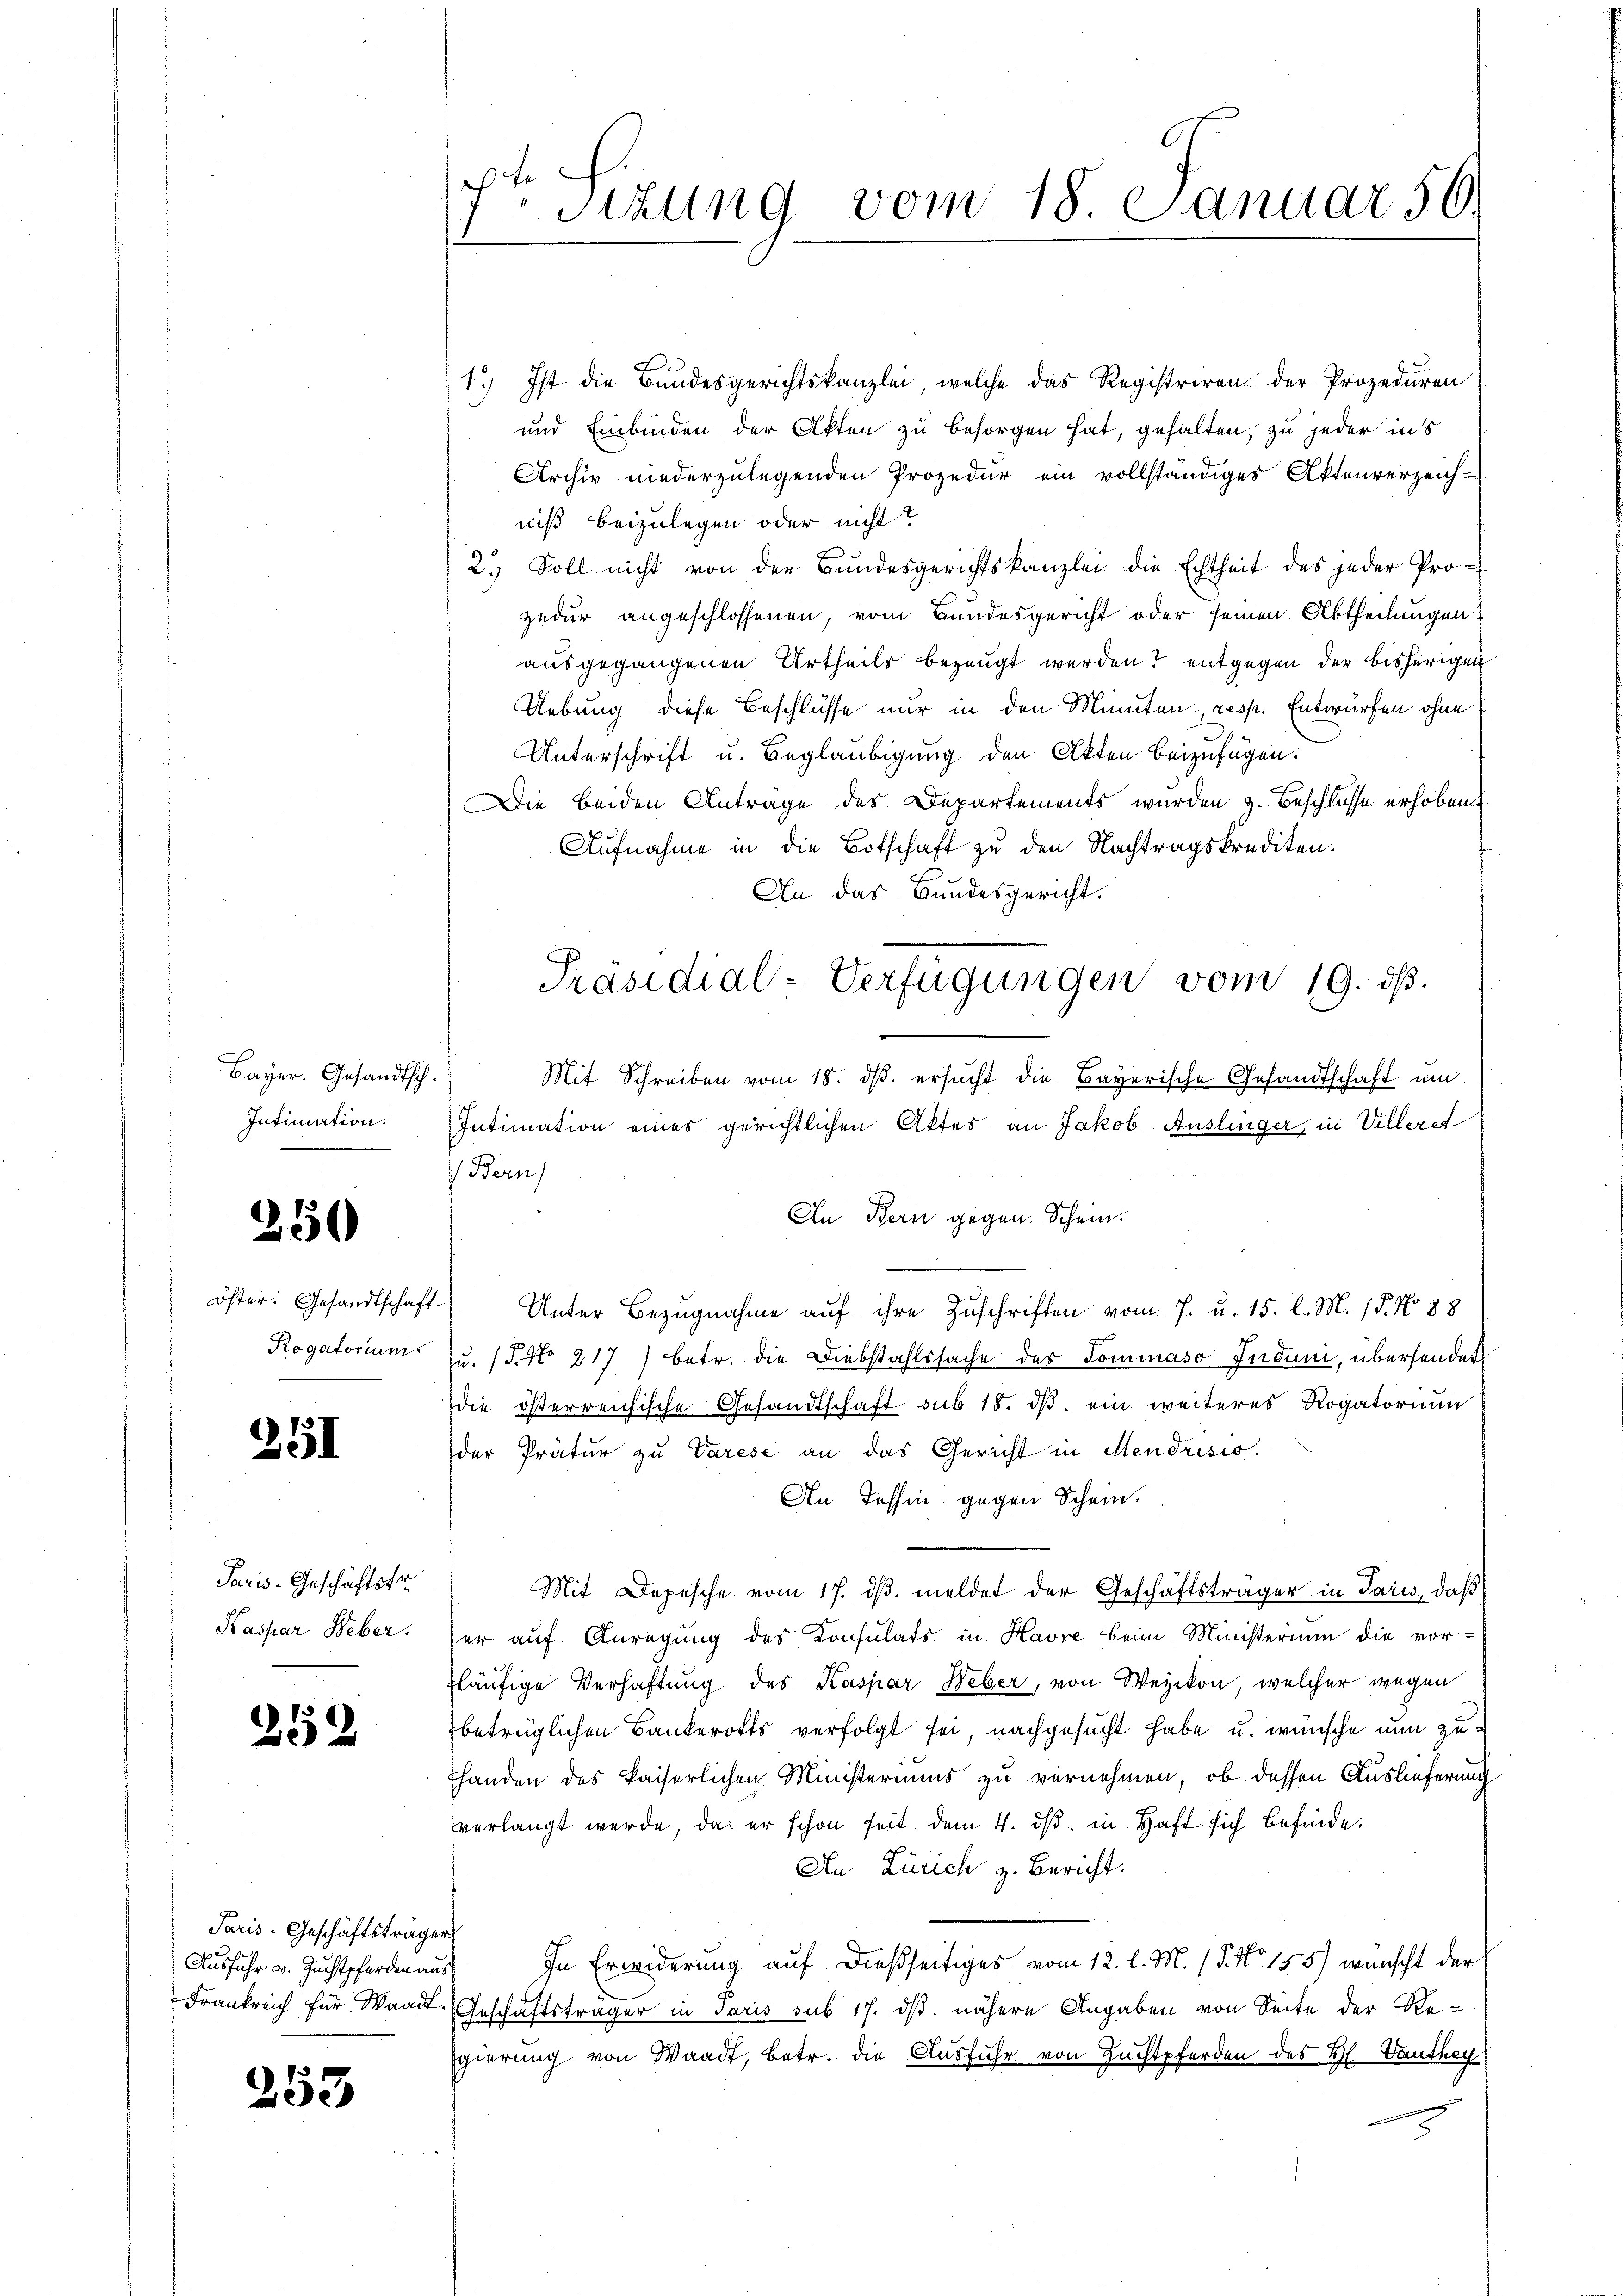
Bayer. Gesandtsch.
Intimation.
.

öster. Gesandtschaft
Rogatorium

50

251

Paris-Geschäftsfr
Kaspar Weber.

259

Paris-Geschäftsträger
Ausführ v. Zuchtpferden aus

253

ft. Sizung vom 18. Januar 50.

1.) Ist die Bundesgerichtskanzlei, welche das Registriren der Prozeduren
und Einbinden der Akten zu besorgen hat, gehalten, zu jeder ins
Archiv niederzulegenden Prozedur ein vollständiges Aktenverzeich-
niß beizulegen oder nicht?
2.) Soll nicht von der Bŭndesgerichtskanzlei die Echtheit des jeder Pro-
zedur angeschlossenen, vom Bundesgericht oder seinen Abtheilungen:
ausgegangenen Urtheils bezeugt werden? entgegen der bisherigen
Uebung diese Beschlüsse nur in den Minuten resp. Entwürfen ohne
Unterschrift u. Beglaubigung den Akten beizufügen.
Die beiden Antrage des Departements wurden 3. Beschlusse erhoben.
Aufnahme in die Botschaft zu den Nachtragskrediten.
An das Bundesgericht.
Präsidial-Verfügungen vom 19. ds.

Mit Schreiben vom 18. dβ. ersucht die Bayerische Gesandtschaft um
Intimation eines gerichtlichen Aktes an Jakob Auslinger, in Villerst
 Bern
In Bern gegen. Schein.
4) Unter Bezugnahme auf ihre Zuschriften vom 7. u. 15. l. M. 15. No 88
zu. (T. No 217) betr. die Diebstahlssache des Tominaso Induni, übersendet
die österreichische Gesandtschaft sub 18. dβ ein weiteres Rogatorium
der Prätur zu Varese an das Gericht in Mendrisio
An Tessin gegen Schein.
Mit Depesche vom 17. dβ. meldet der Geschäftsträger in Paris, daß
ser auf Anregung des Konsulats in Havre beim Ministerium die vor-
läufige Verhaftung des Kaspar Weber, von Wezikon, welcher wegen
betrüglichen Bankerotts verfolgt sei, nachgesucht habe u. wünsche nun zuhanden des kaiserlichen Ministeriums zu vernehmen, ob dessen Auslieferung
verlangt werde, das er schon seit dem 4. dβ in Haft sich befinde.
An Zürich z. Bericht.
In Erwiderung auf dießseitiges vom 12. l. M. (§. No. 155) wünscht der
Frankreich für Waadt, Geschäftsträger in Paris sub 17. dß. nähere Angaben von Seite der Re-
gierung von Waadt, betr. die Ausfuhr von Zuchtpferden des H. Vanthey